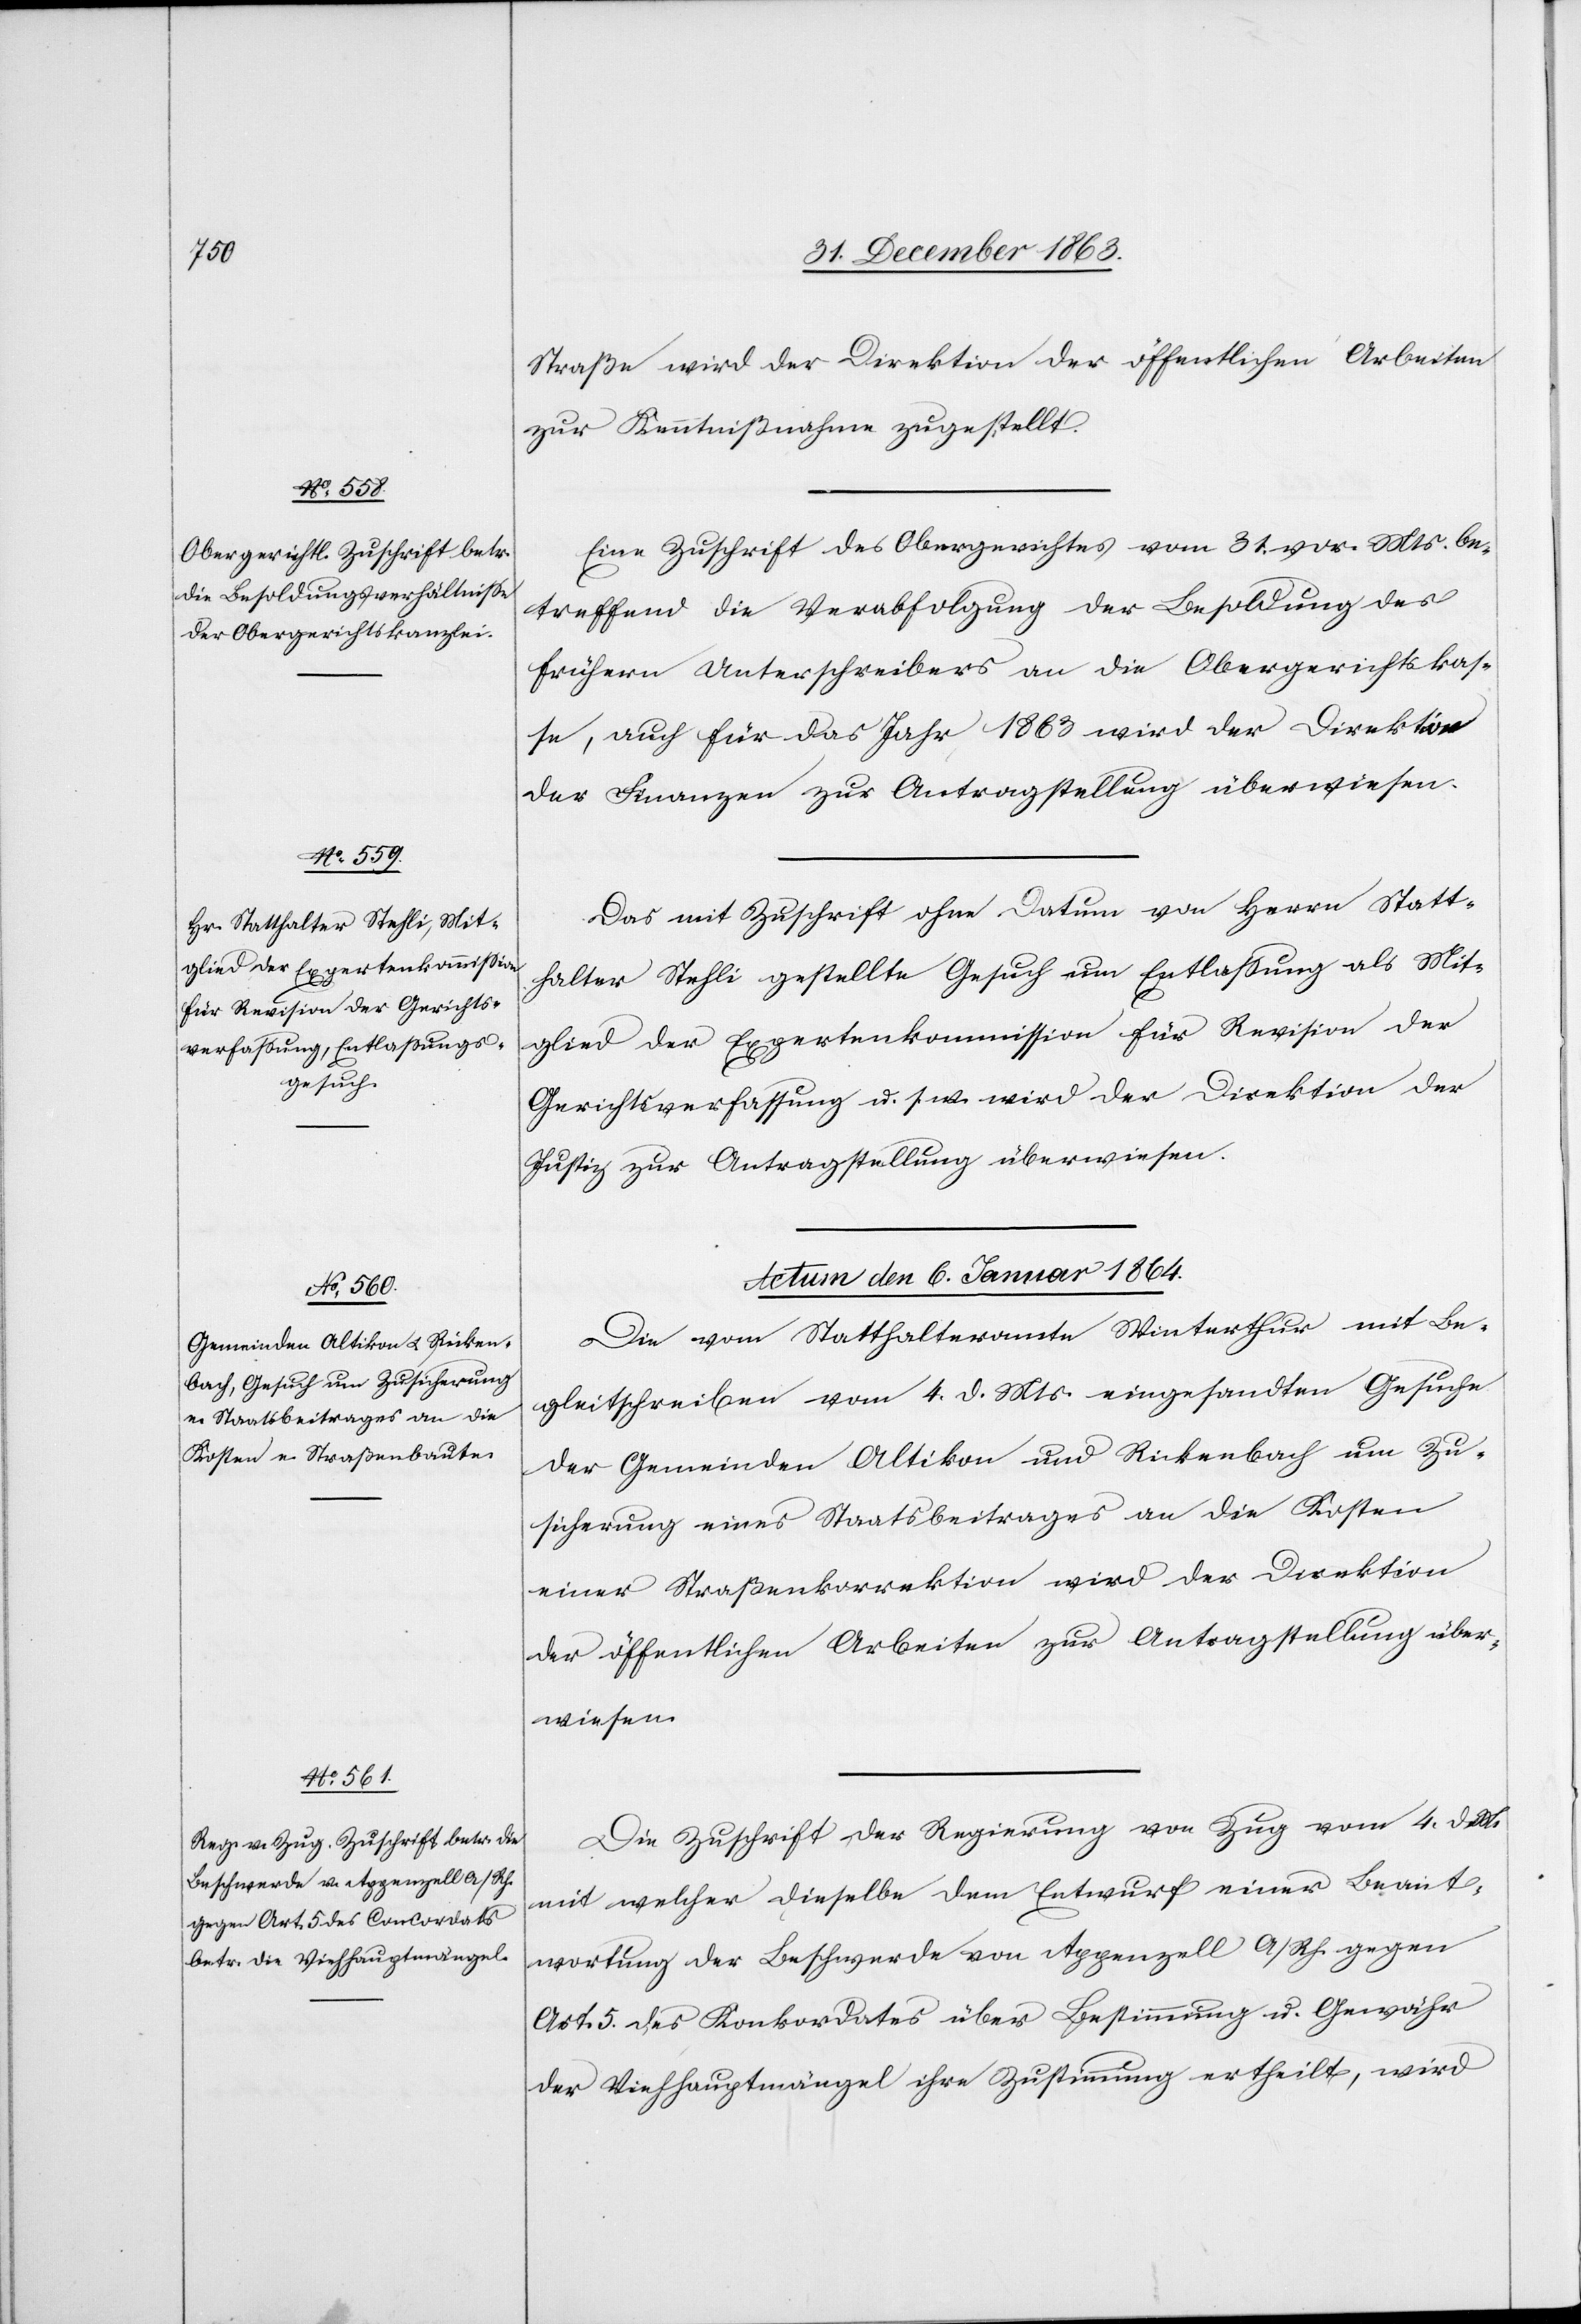
Straße wird der Direktion der öffentlichen Arbeiten
zur Kenntnißnahme zugestellt.
Eine Zuschrift des Obergerichtes vom 31. vor. Mts. be¬
treffend die Verabfolgung der Besoldung des
frühern Unterschreibers an die Obergerichtskas¬
se, auch für das Jahr 1863 wird der Direktion
der Finanzen zur Antragstellung überwiesen.
Das mit Zuschrift ohne Datum von Herrn Statt¬
halter Stehli gestellte Gesuch um Entlassung als Mit¬
glied der Expertenkommission für Revision der
Gerichtsverfassung u. s. w. wird der Direktion der
Justiz zur Antragstellung überwiesen.
Actum den 6. Januar 1864.]
Die vom Statthalteramte Winterthur mit Be¬
gleitschreiben vom 4. d. Mts. eingesandten Gesuche
der Gemeinden Altikon und Rickenbach um Zu¬
sicherung eines Staatsbeitrages an die Kosten
einer Straßenkorrektion wird der Direktion
der öffentlichen Arbeiten zur Antragstellung über¬
wiesen.
Die Zuschrift der Regierung von Zug vom 4. d. M.
mit welcher dieselbe dem Entwurf einer Beant¬
wortung der Beschwerde von Appenzell A/Rh. gegen
Art. 5 des Konkordates über Bestimmung u. Gewähr
der Viehhauptmängel ihre Zustimmung ertheilt, wird